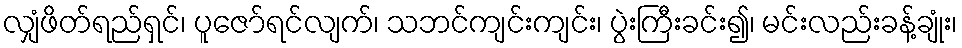
လျှံဖိတ်ရည်ရှင်၊ ပူဇော်ရင်လျက်၊ သဘင်ကျင်းကျင်း၊ ပွဲးကြီးခင်း၍၊ မင်းလည်းခန့်ချုံး၊